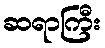
ဆရာကြီး